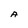
Character: A